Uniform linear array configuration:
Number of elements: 48
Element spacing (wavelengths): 0.5
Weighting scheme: kaiser
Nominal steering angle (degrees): -60
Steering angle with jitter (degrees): -58.407
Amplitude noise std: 0.05
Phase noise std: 0.05

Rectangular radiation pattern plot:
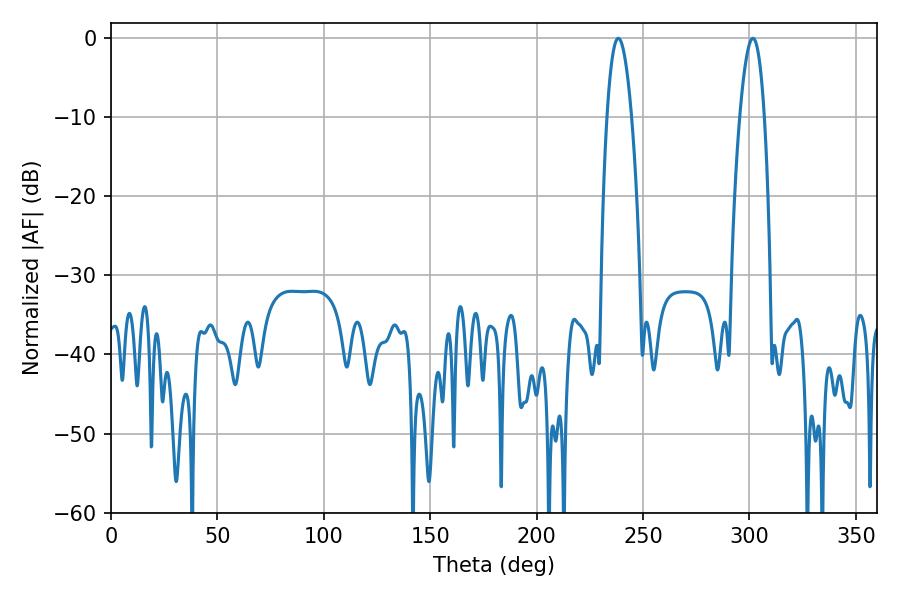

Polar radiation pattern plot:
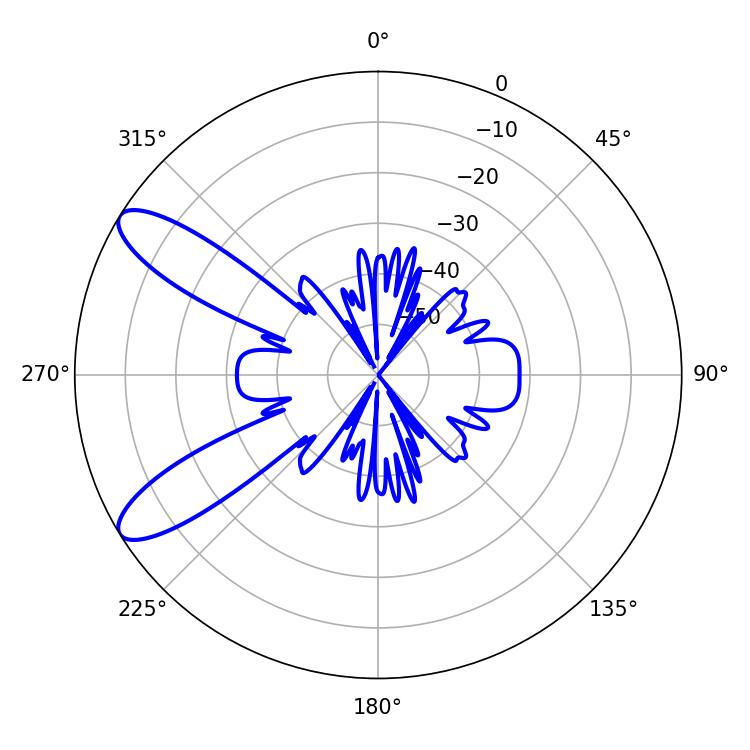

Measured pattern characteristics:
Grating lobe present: FALSE
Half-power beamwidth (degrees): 6.48
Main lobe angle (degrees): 238.32